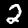
Digit: 2